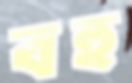
বহু